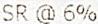
SR @ 6%